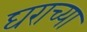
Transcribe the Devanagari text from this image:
घराच्‍या